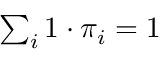
\textstyle \sum _ { i } 1 \cdot \pi _ { i } = 1